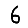
Digit: 6